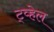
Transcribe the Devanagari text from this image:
ट्व्हेल